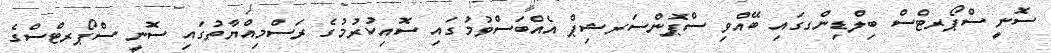
ސޮނީ ސްޕޯރޓްސް ބިލްޑިންގގައި ބޭއްވި ސްޕޮންސަރޝިޕް އެއްބަސްވުމުގައި ސޮއިކުރުމުގެ ރަސްމިއްޔާތުގައި ސޮނީ ސްޕޯރޓްސްގެ